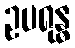
ဥပရုန္ဓ